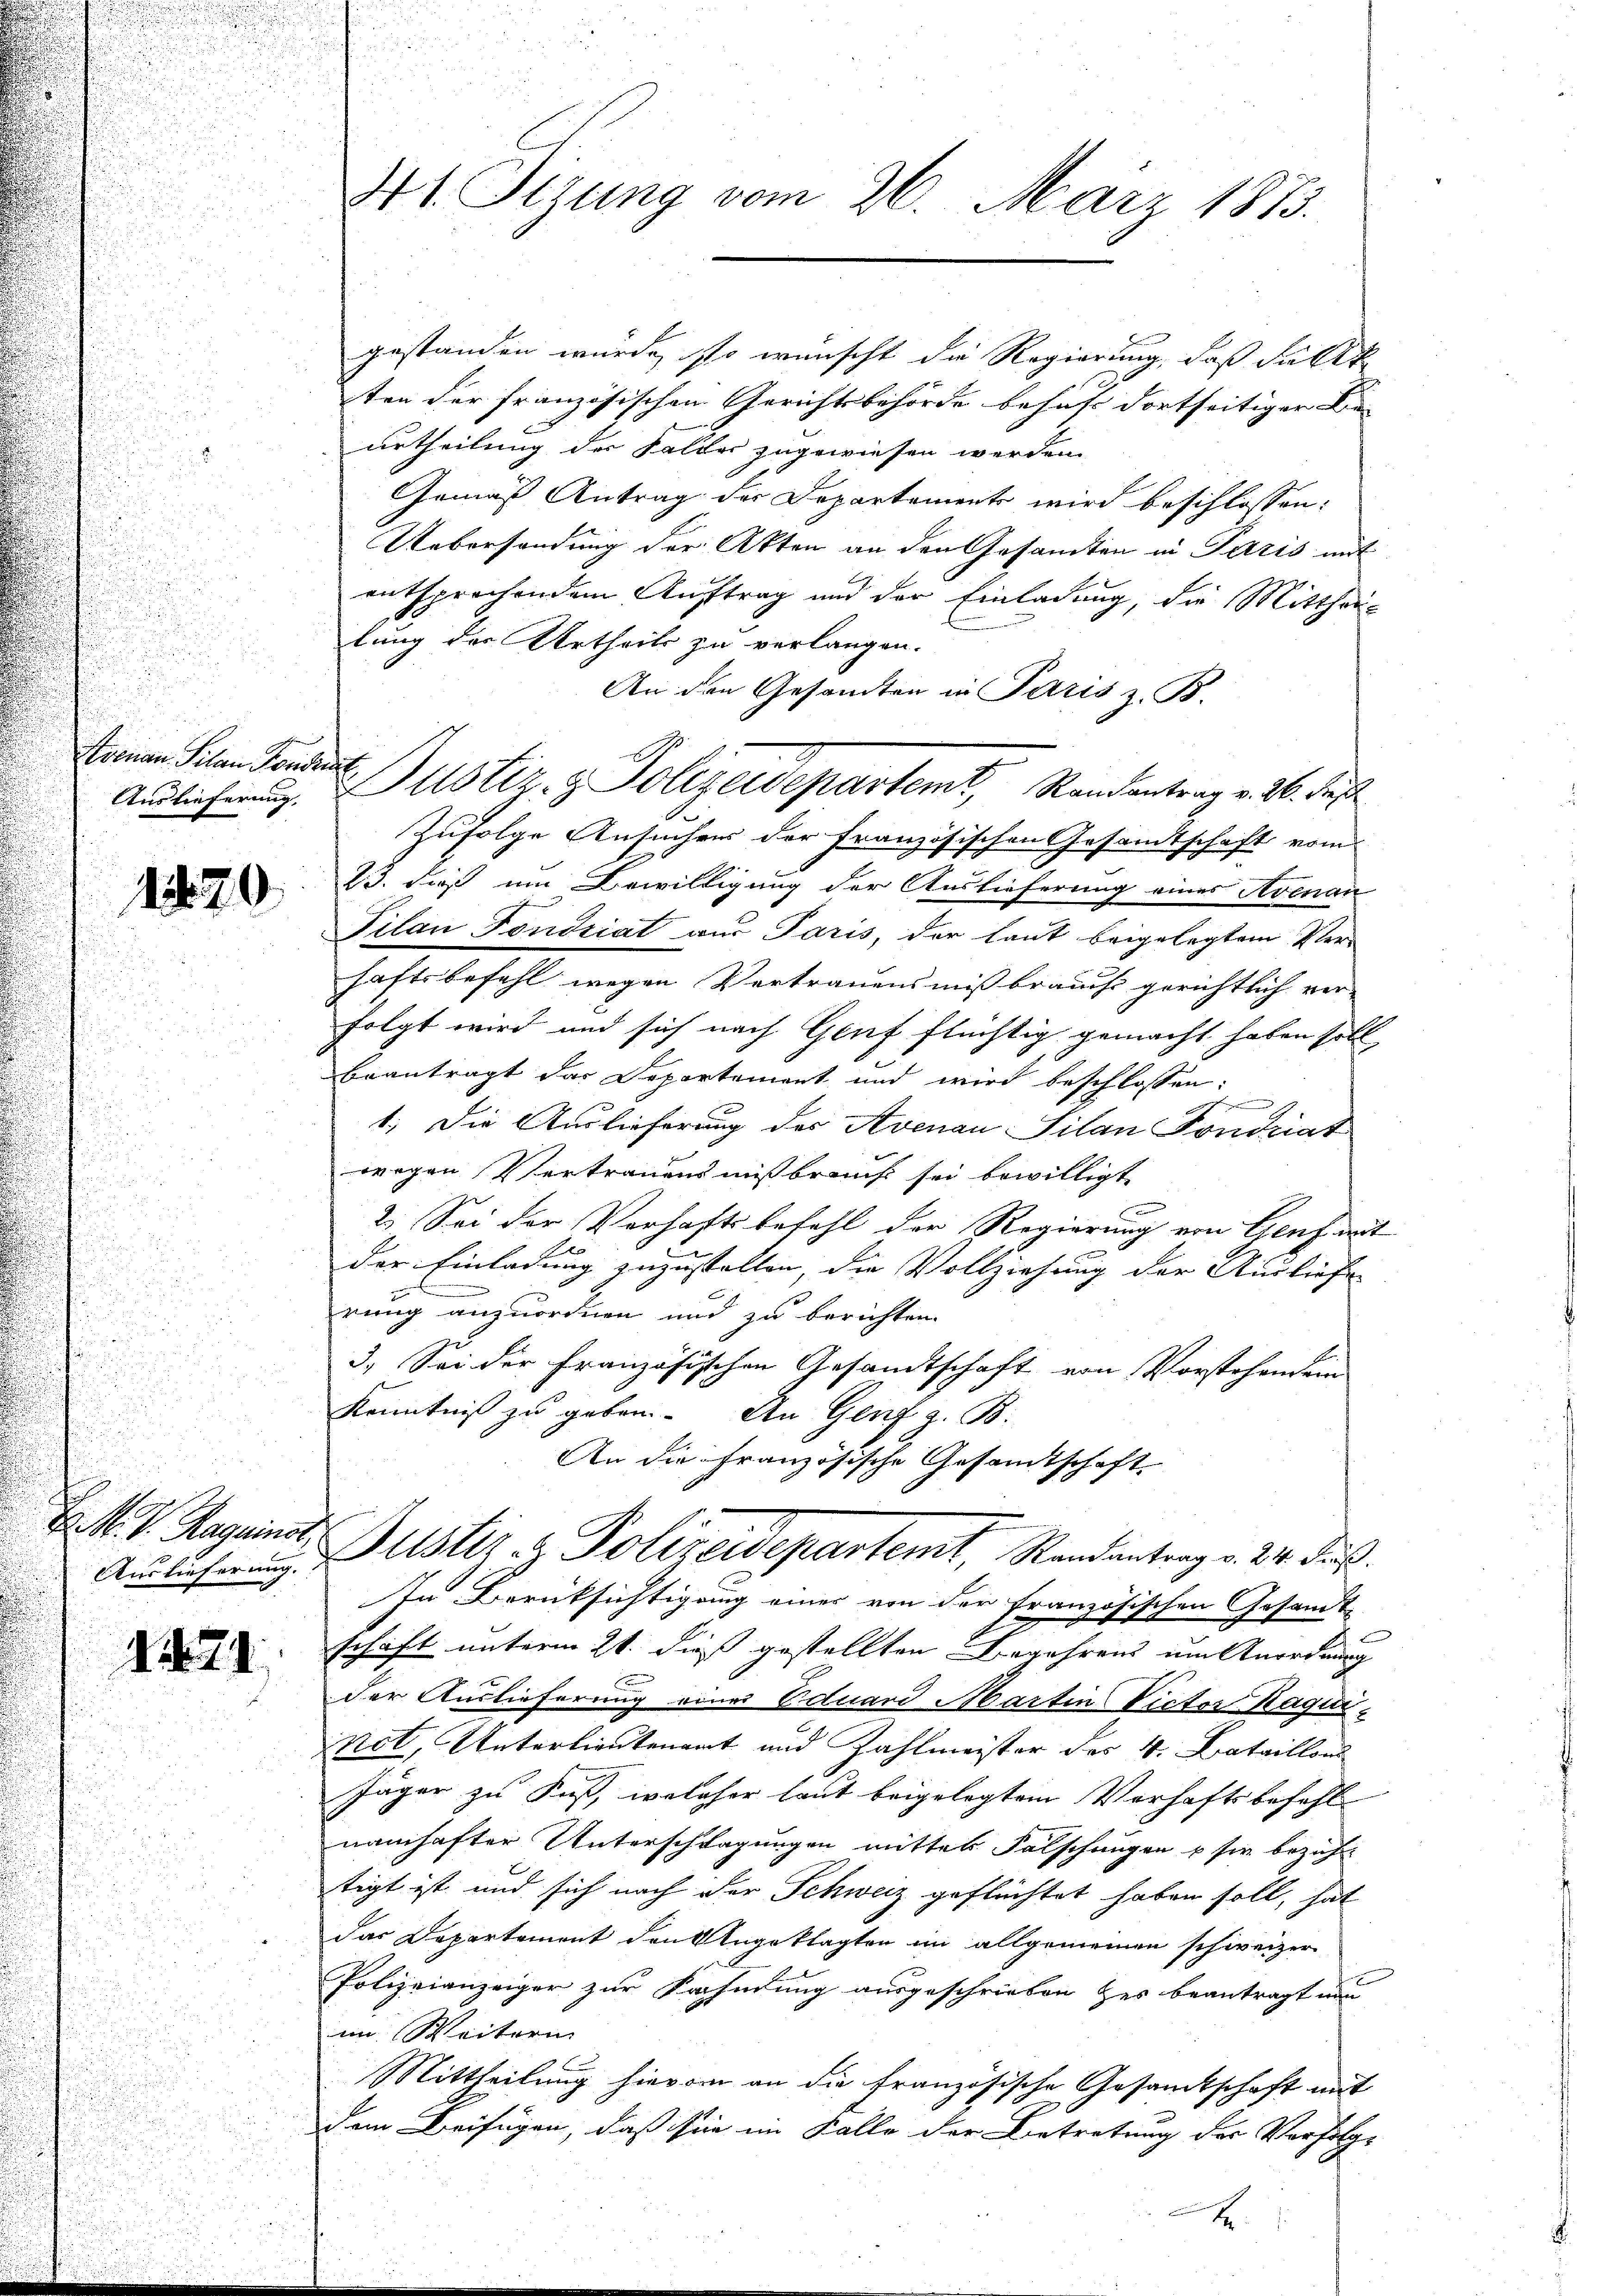
u

kronen Seren Sonsten
Auslieferung.

1220

Auslieferung.

1271

41 Tizung vom 26. März 1873.

gestanden wurde, so wünscht die Regierung, daß Fastt
ten der französischen Gerichtsbehörde behufe dortseitiger Be
urtheilung der Felder zugewiesen werden
Gemäß Antrag der Departement wird beschlossen:
Uebersendung der Akten an den Gesandten in Paris mit
entsprechendem Auftrag und der Einladung, die Mittheilung der Urtheils zu verlangen.
An den Gesandten in Paris z. B.
Zufolge Ansuchens der Französischen Gesandtschaft vom
23. dieß um Bewilligung der Auslieferung eines Avenan
Pilan Fondsiat aus Paris, der laut beigelegtem Ver-
haftsbefehl wegen Vertrauens mißbraus gerichtlich ver-
folgt wird und sich nach Genf flüchtig gemacht haben soll,
beantragt dar Departement und wird beschlossen:
h
1. Die Auslieferung des Avenau Silan Sondrat
wegen Vertrauens mißbrauch sei bewilligt
n
2. Sei der Verhaftsbefehl der Regierung von Genf mit
der Einladung zuzustellen, die Vollziehung der Ausliefe
rung anzuordnen und zu berichten.
3.) Sei der Französischen Gesandtschaft von Vorstehend ein
Kenntniß zu geben. An Genf z. B.
An die Französische Gesamtschaft.
M. v. Hagens Justir - Polizeidepartemt, Randantrag v. 24. das
In Berüksichtigung eines von der französischen Gesandt-
schäft unterm 21. dieß gestellten Begehrens um Anordnung
der Auslieferung einer Eduard Martin Victor Ragunnot, Unterlieutenamt und Zahlmeister der 4. Bataillons
Jäger zu Fuß, welcher laut beigelegtem Verhaftsbefehl
namhafter Unterschlagungen mitter Falschungen u sie bezieh
tigt ist und sich nach der Schweiz geflüchtet haben soll, hat
das Departement den Angeklagten im allgemeinen schweizer
Polizeianzeiger zur Nahmung ausgeschrieben zur beantragt nun
im Weitern
Mittheilung hievon an die französische Gesandtschaft mit
dem Beifügen, daß sie im Falle der Betretung der Verfolg-
A

Justiz- & Polizeidepartemt, Randantrag v. 26. des